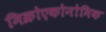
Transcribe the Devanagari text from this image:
मिक्रोएकोनोमिक